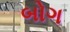
બોગ